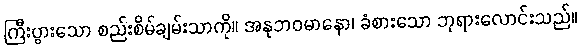
ကြီးပွားသော စည်းစိမ်ချမ်းသာကို။ အနုဘဝမာနော၊ ခံစားသော ဘုရားလောင်းသည်။